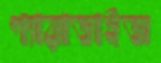
প্যারাডাইজ